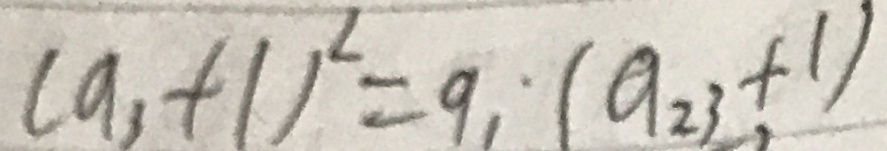
( a _ { 3 } + 1 ) ^ { 2 } = 9 , ( a _ { 2 3 } + 1 )